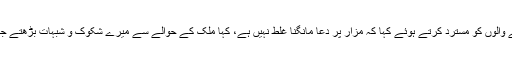
پیپلز پارٹی کے رہنما نے مزارات پر دعا مانگنے والوں پر تنقید کرنے والوں کو مسترد کرتے ہوئے کہا کہ مزار پر دعا مانگنا غلط نہیں ہے، کہا ملک کے حوالے سے میرے شکوک و شبہات بڑھتے جا رہے ہیں، ’یہ توڑو وہ توڑو‘ کے کھیل سے ملک ہی کو نقصان ہوگا۔